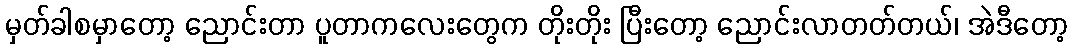
မှတ်ခါစမှာတော့ ညောင်းတာ ပူတာကလေးတွေက တိုးတိုး ပြီးတော့ ညောင်းလာတတ်တယ်၊ အဲဒီတော့